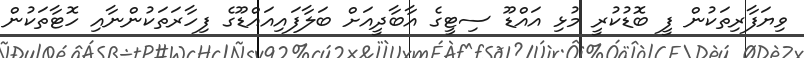
ވިޔަފާރިތަކުން ފީ ބޮޑުކުރީ މުޅި އައްޑޫ ސިޓީގެ އާބާދީއަށް ބަލާފައިއައްޑޫގެ ފިހާރަތަކުންނާއި ހޮޓާތަކުން